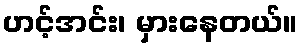
ဟင့်အင်း၊ မှားနေတယ်။